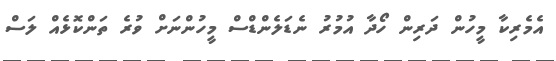
އެމެރިކާ މީހުން ދަރިން ހޯދާ އުމުރު ނެޑަލެންޑްސް މީހުންނަށް ވުރެ ތަންކޮޅެއް ލަސް